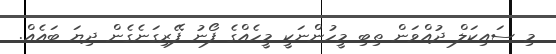
މި ސައިކަލް ދުއްވަން ތިބި މީހުންނަކީ މީހެއްގެ ފޯނު ފޭރިގަނެގެން ދިޔަ ބައެއް.